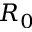
R _ { 0 }